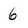
Character: 6